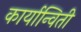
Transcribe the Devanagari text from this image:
कार्यान्विती